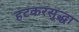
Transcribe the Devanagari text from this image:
हटकरसुद्धा